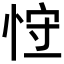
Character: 𢚍